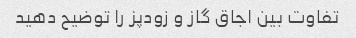
تفاوت بین اجاق گاز و زودپز را توضیح دهید